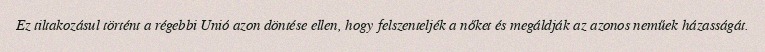
Ez tiltakozásul történt a régebbi Unió azon döntése ellen, hogy felszenteljék a nőket és megáldják az azonos neműek házasságát.